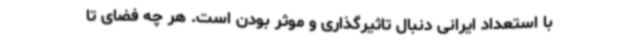
با استعداد ایرانی دنبال تاثیرگذاری و موثر بودن است. هر چه فضای تا